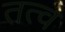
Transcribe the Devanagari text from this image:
तत्व